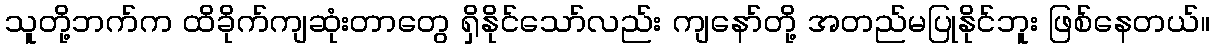
သူတို့ဘက်က ထိခိုက်ကျဆုံးတာတွေ ရှိနိုင်သော်လည်း ကျနော်တို့ အတည်မပြုနိုင်ဘူး ဖြစ်နေတယ်။